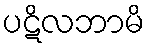
ပဋိလဘာမိ